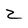
Character: 2